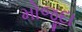
મોજૂદા